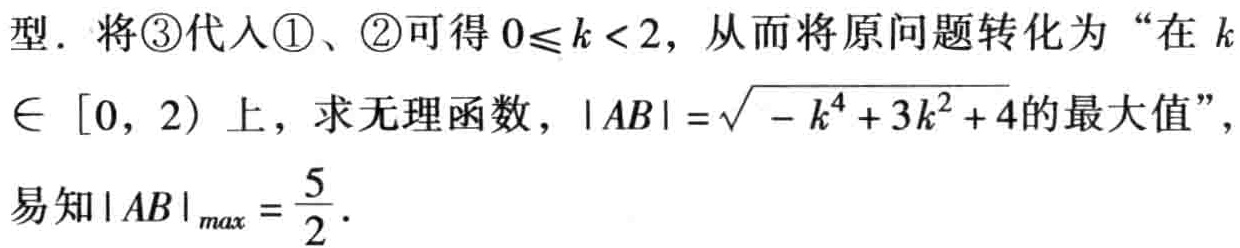
型. 将\textcircled{3}代入\textcircled{1}、\textcircled{2}可得\(0\leqslant k < 2\)，从而将原问题转化为“在\(k\in [0, 2)\)上，求无理函数，\(\vert AB\vert =\sqrt{-k^{4}+3k^{2}+4}\)的最大值”，易知\(\vert AB\vert _{max}=\dfrac{5}{2}\).